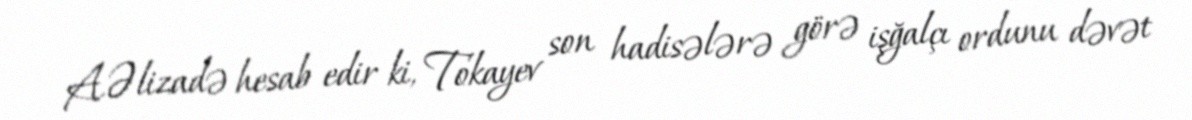
A.Əlizadə hesab edir ki, Tokayev son hadisələrə görə işğalçı ordunu dəvət